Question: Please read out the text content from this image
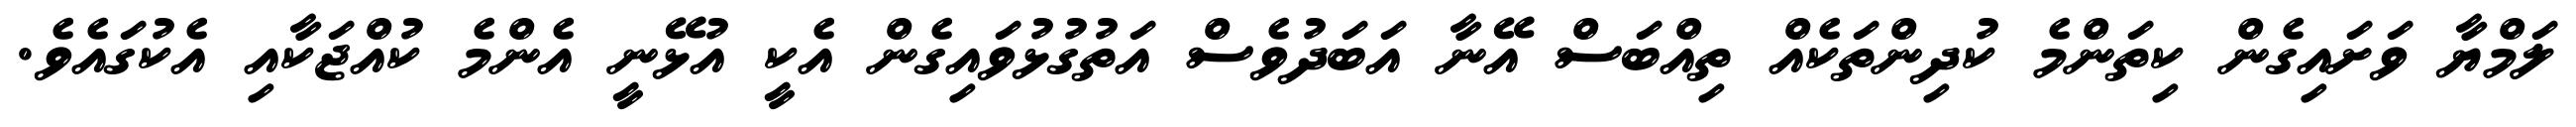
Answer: ލަމްޔާ ވަށައިގެން ކިތަންމެ ކުދިންތަކެއް ތިއްބަސް އޭނާ އަބަދުވެސް އަތުގުޅުވައިގެން އެކީ އުޅޭނީ އެންމެ ކުއްޖަކާއި އެކުގައެވެ.